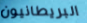
البريطانيون